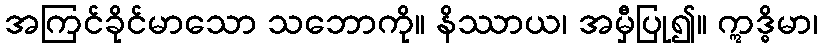
အကြင်ခိုင်မာသော သဘောကို။ နိဿာယ၊ အမှီပြု၍။ ဣဒ္ဓိမာ၊